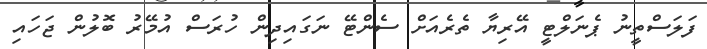
ފަލަސްތީނު ޕެނަލްޓީ އޭރިޔާ ތެރެއަށް ސެންޓޭ ނަގައިދިން ހުރަސް އުމޭރު ބޮލުން ޖަހައި